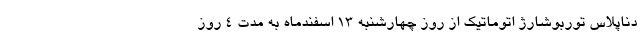
دناپلاس توربوشارژ اتوماتیک از روز چهارشنبه 13 اسفندماه به مدت 4 روز